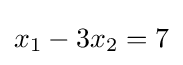
x_{1}-3x_{2}=7